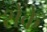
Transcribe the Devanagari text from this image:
शेके